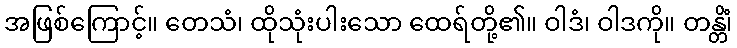
အဖြစ်ကြောင့်။ တေသံ၊ ထိုသုံးပါးသော ထေရ်တို့၏။ ဝါဒံ၊ ဝါဒကို။ တန္တိံ၊